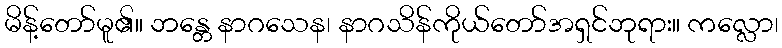
မိန့်တော်မူ၏။ ဘန္တေ နာဂသေန၊ နာဂသိန်ကိုယ်တော်အရှင်ဘုရား။ ကလ္လော၊